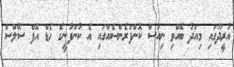
އުރީދޫގައި މިއަދު ބޭއްވި ނިއުސް ކޮންފަރެންސެއްގައި އެ ކުންފުނީގެ ހެޑް އޮފް ސޭލްސް